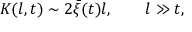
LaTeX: K ( l , t ) \sim 2 \bar { \xi } ( t ) l , \qquad l \gg t ,